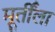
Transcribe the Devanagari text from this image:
मूर्तींला